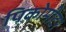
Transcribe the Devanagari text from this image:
पिकोमीटर